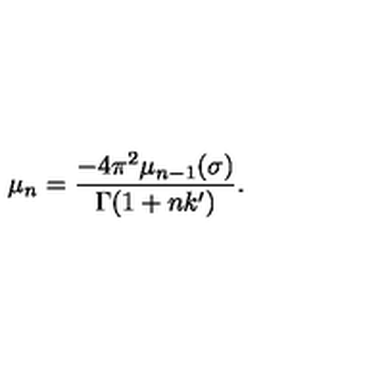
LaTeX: \mu _ { n } = \frac { - 4 \pi ^ { 2 } \mu _ { n - 1 } ( \sigma ) } { \Gamma ( 1 + n k ^ { \prime } ) } .